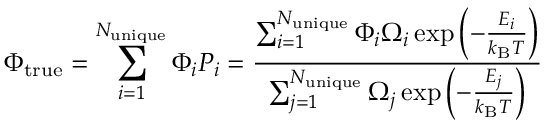
\Phi _ { \mathrm { t r u e } } = \sum _ { i = 1 } ^ { N _ { \mathrm { u n i q u e } } } \Phi _ { i } P _ { i } = \frac { \sum _ { i = 1 } ^ { N _ { \mathrm { u n i q u e } } } \Phi _ { i } \Omega _ { i } \exp { \left( - \frac { E _ { i } } { k _ { \mathrm { B } } T } \right) } } { \sum _ { j = 1 } ^ { N _ { \mathrm { u n i q u e } } } \Omega _ { j } \exp { \left( - \frac { E _ { j } } { k _ { \mathrm { B } } T } \right) } }